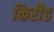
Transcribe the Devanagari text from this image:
किरीड